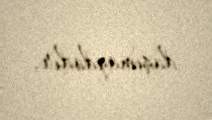
daşımaqdadır.